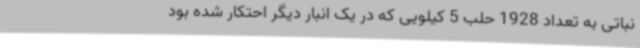
نباتی به تعداد 1928 حلب 5 کیلویی که در یک انبار دیگر احتکار شده بود